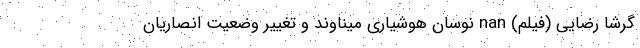
گرشا رضایی (فیلم) nan نوسان هوشیاری میناوند و تغییر وضعیت انصاریان